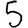
Digit: 5